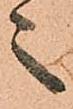
之